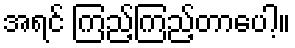
အရင် ကြည့်ကြည့်တာပေါ့။